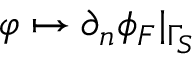
\varphi \mapsto \partial _ { n } \phi _ { F } \vert _ { \Gamma _ { S } }